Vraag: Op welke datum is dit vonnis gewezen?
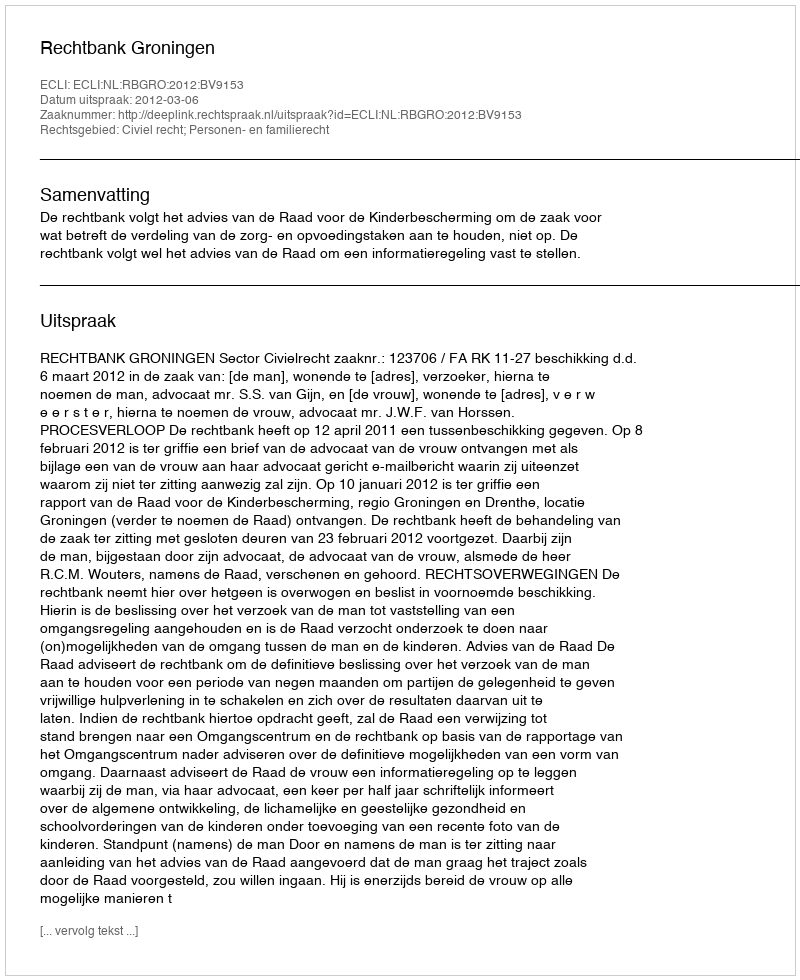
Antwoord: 2012-03-06